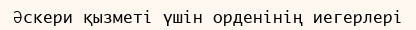
Әскери қызметі үшін орденінің иегерлері